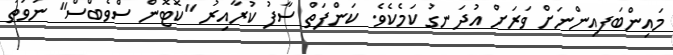
މައިންބަފއިންނަށް ވަރަށް އުދަނގު ކަމެކެވެ. ކަންފަތް ސާފު ކުރާއިރު "ކޮޓޮން ސްވެބްސް" ނުވަތަ